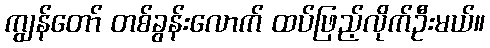
ကျွန်တော် တစ်ခွန်းလောက် ထပ်ဖြည့်လိုက်ဦးမယ်။